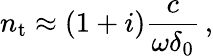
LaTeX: n_{\mathrm{t}}\approx(1+i)\frac{c}{\omega\delta_{0}}\, ,